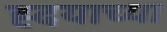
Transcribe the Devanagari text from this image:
ह्दयाच्या